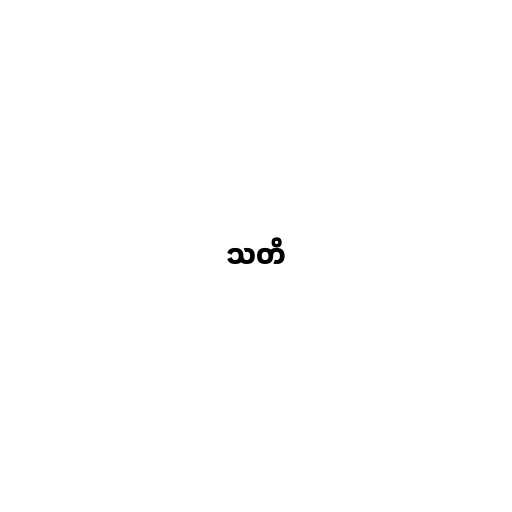
သတိ